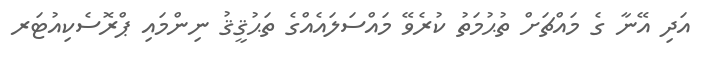
އަދި އޭނާ ގެ މައްޗަށް ތުޙުމަތު ކުރެވޭ މައްސަލައެއްގެ ތަޙުޤީޤު ނިންމައި ޕްރޮސެކިއުޓަރ